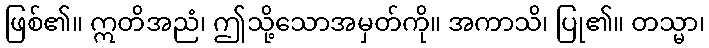
ဖြစ်၏။ ဣတိအညံ၊ ဤသို့သောအမှတ်ကို။ အကာသိ၊ ပြု၏။ တသ္မာ၊